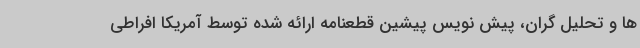
ها و تحلیل گران، پیش نویس پیشین قطعنامه ارائه شده توسط آمریکا افراطی